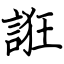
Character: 誑